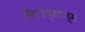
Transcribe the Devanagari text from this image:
सिटोप्लाज्म